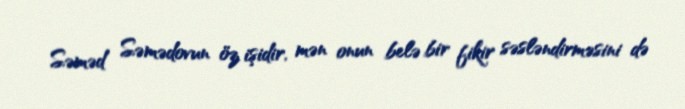
Səməd Səmədovun öz işidir, mən onun belə bir fikir səsləndirməsini də